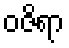
ဝဇိရာ